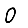
Digit: 0